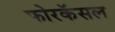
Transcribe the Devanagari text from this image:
फोरकॅसल